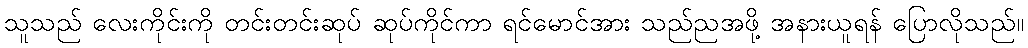
သူသည် လေးကိုင်းကို တင်းတင်းဆုပ် ဆုပ်ကိုင်ကာ ရင်မောင်အား သည်ညအဖို့ အနားယူရန် ပြောလိုသည်။